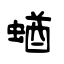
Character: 蝤